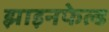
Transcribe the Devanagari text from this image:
झाइनफेल्ड